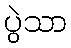
ပွဲသာ